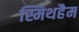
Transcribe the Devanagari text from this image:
स्मिथहैम